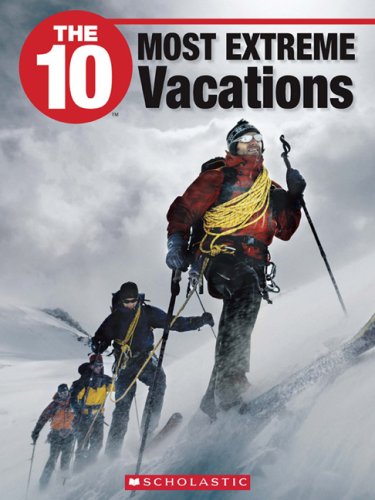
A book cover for The 10 Most Extreme Vacations (10 (Franklin Watts)); Sue Harper; Teen & Young Adult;